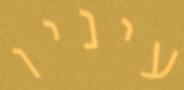
עיניו